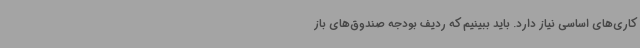
کاری‌های اساسی نیاز دارد. باید ببینیم که ردیف بودجه صندوق‌های باز